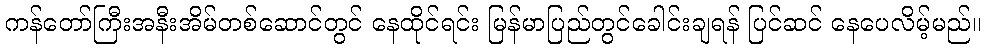
ကန်တော်ကြီးအနီးအိမ်တစ်ဆောင်တွင် နေထိုင်ရင်း မြန်မာပြည်တွင်ခေါင်းချရန် ပြင်ဆင် နေပေလိမ့်မည်။